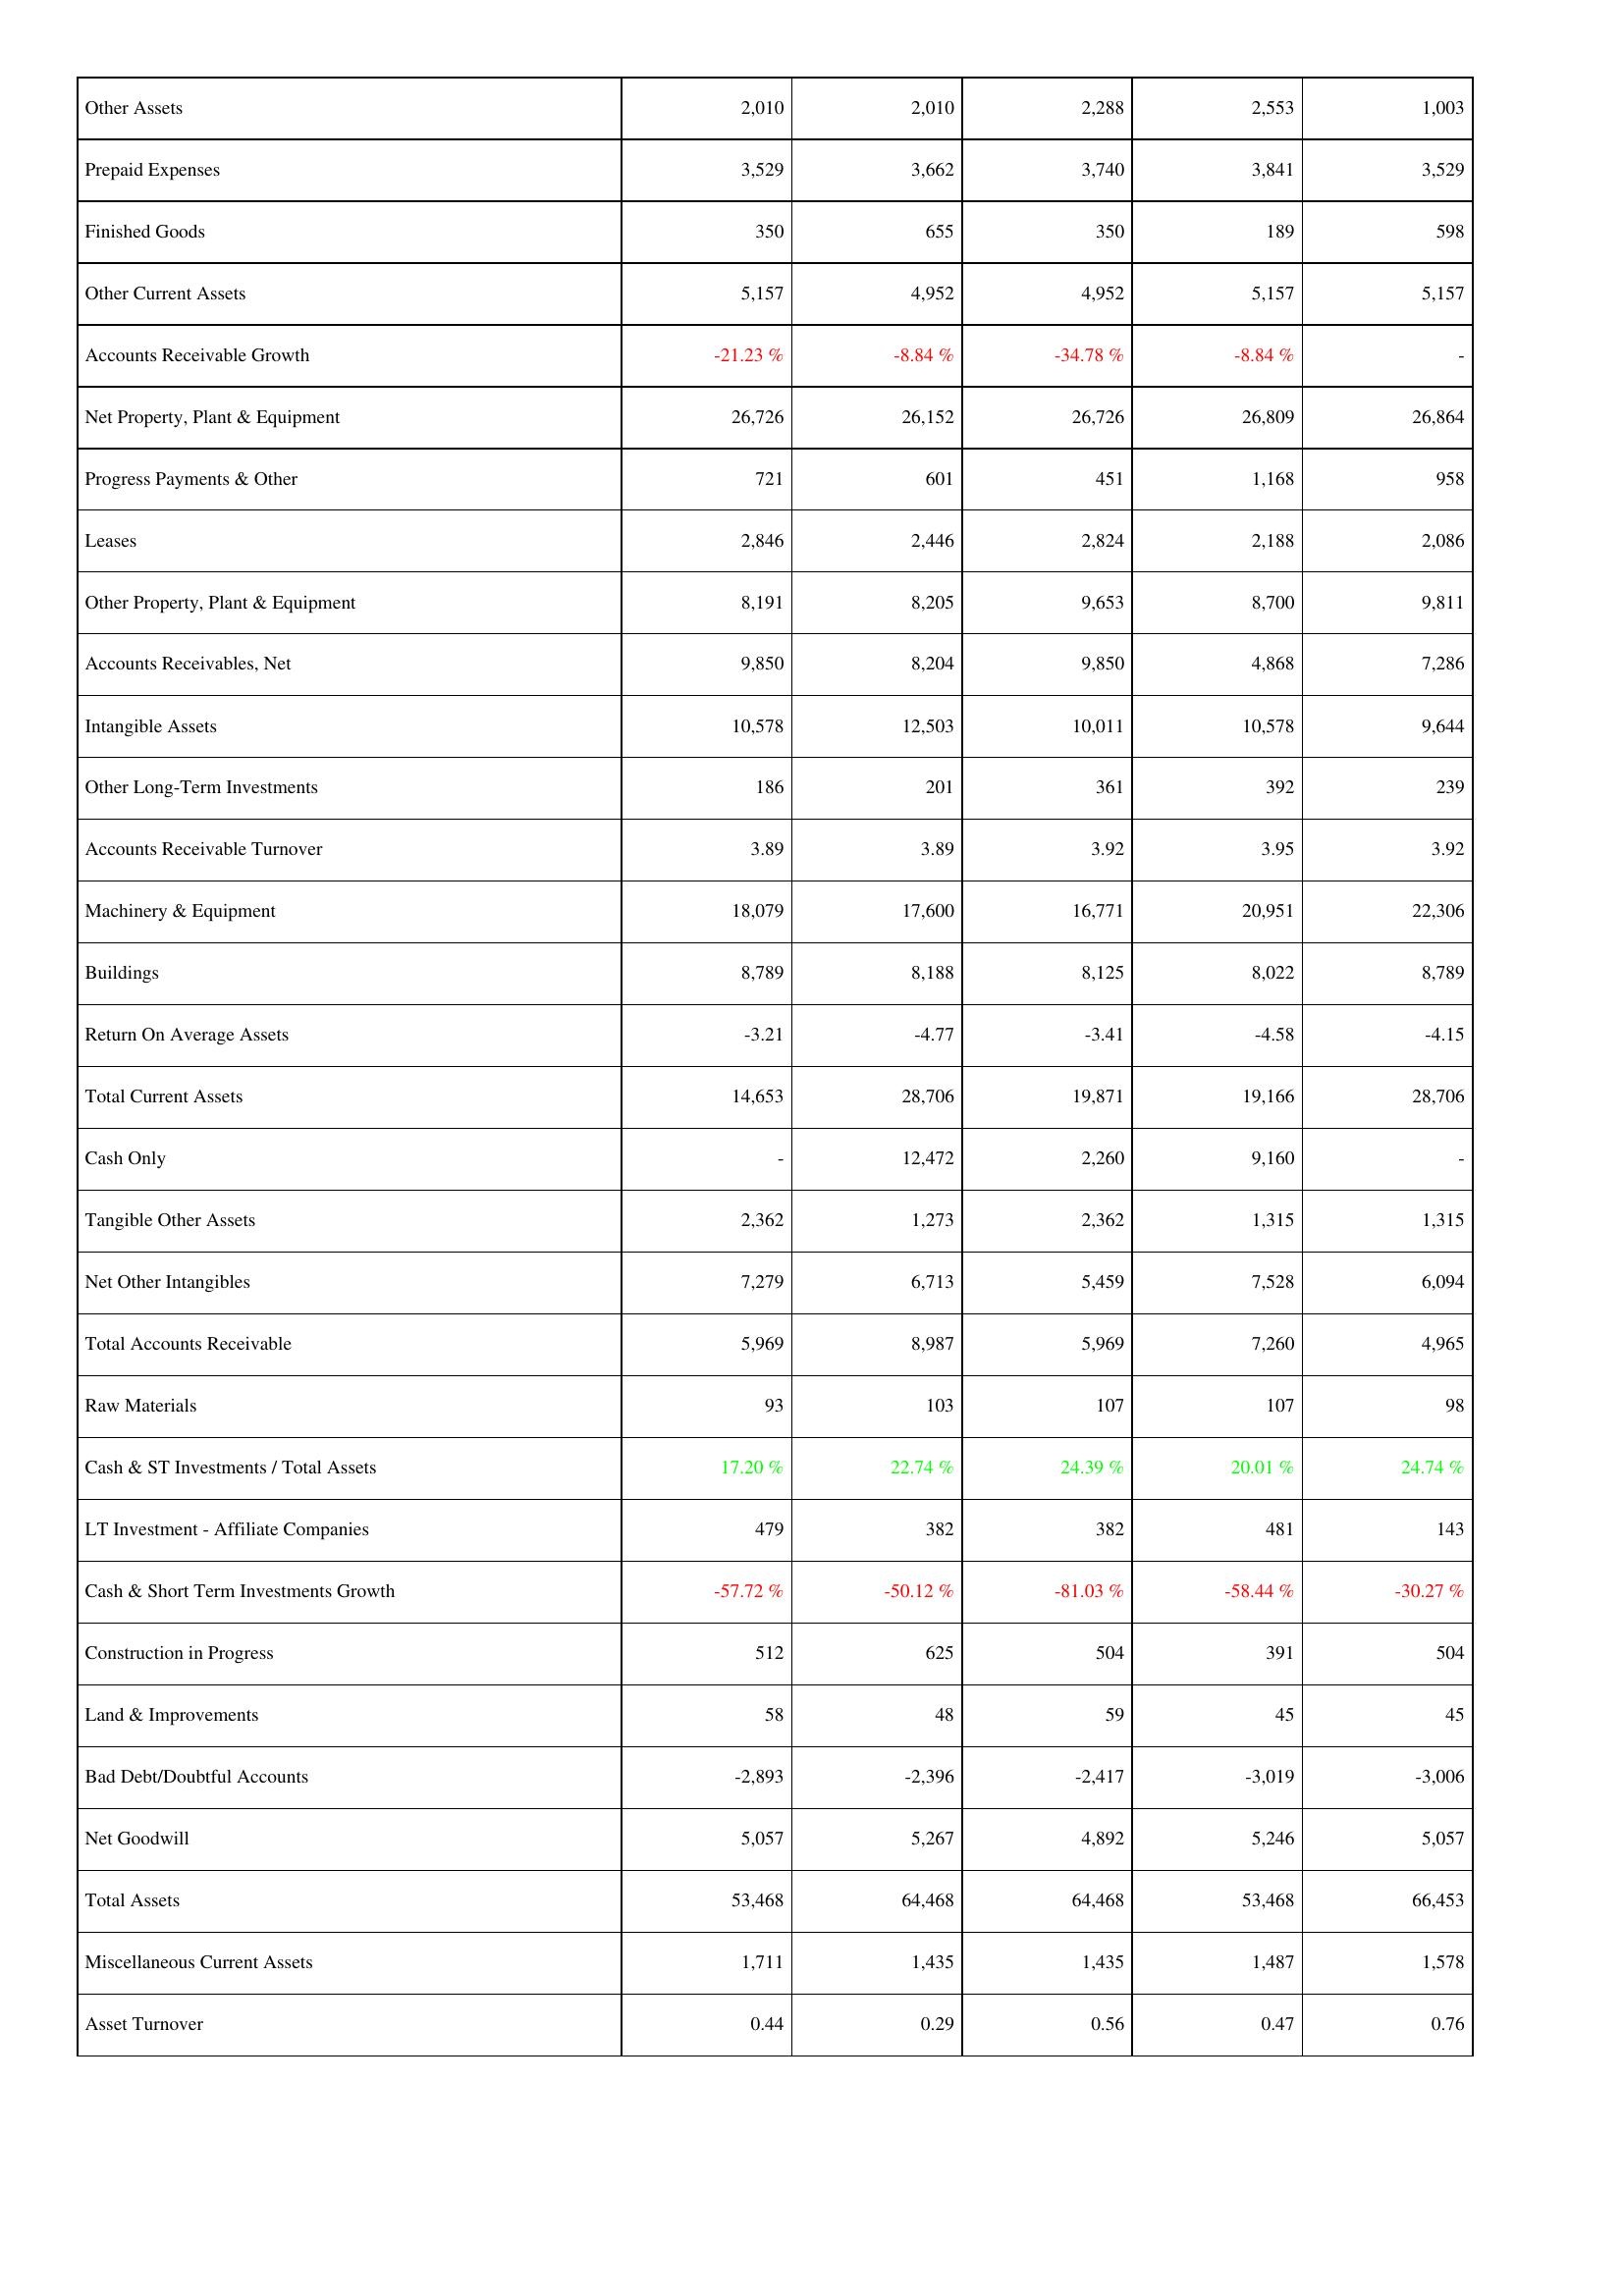
2013: Assets: Other Assets: 2,010
Prepaid Expenses: 3,529
Finished Goods: 350
Other Current Assets: 5,157
Accounts Receivable Growth: -21.23 %
Net Property, Plant & Equipment: 26,726
Progress Payments & Other: 721
Leases: 2,846
Other Property, Plant & Equipment: 8,191
Accounts Receivables, Net: 9,850
Intangible Assets: 10,578
Other Long-Term Investments: 186
Accounts Receivable Turnover: 3.89
Machinery & Equipment: 18,079
Buildings: 8,789
Return On Average Assets: -3.21
Total Current Assets: 14,653
Cash Only: -
Tangible Other Assets: 2,362
Net Other Intangibles: 7,279
Total Accounts Receivable: 5,969
Raw Materials: 93
Cash & ST Investments / Total Assets: 17.20 %
LT Investment - Affiliate Companies: 479
Cash & Short Term Investments Growth: -57.72 %
Construction in Progress: 512
Land & Improvements: 58
Bad Debt/Doubtful Accounts: -2,893
Net Goodwill: 5,057
Total Assets: 53,468
Miscellaneous Current Assets: 1,711
Asset Turnover: 0.44
2014: Assets: Other Assets: 2,010
Prepaid Expenses: 3,662
Finished Goods: 655
Other Current Assets: 4,952
Accounts Receivable Growth: -8.84 %
Net Property, Plant & Equipment: 26,152
Progress Payments & Other: 601
Leases: 2,446
Other Property, Plant & Equipment: 8,205
Accounts Receivables, Net: 8,204
Intangible Assets: 12,503
Other Long-Term Investments: 201
Accounts Receivable Turnover: 3.89
Machinery & Equipment: 17,600
Buildings: 8,188
Return On Average Assets: -4.77
Total Current Assets: 28,706
Cash Only: 12,472
Tangible Other Assets: 1,273
Net Other Intangibles: 6,713
Total Accounts Receivable: 8,987
Raw Materials: 103
Cash & ST Investments / Total Assets: 22.74 %
LT Investment - Affiliate Companies: 382
Cash & Short Term Investments Growth: -50.12 %
Construction in Progress: 625
Land & Improvements: 48
Bad Debt/Doubtful Accounts: -2,396
Net Goodwill: 5,267
Total Assets: 64,468
Miscellaneous Current Assets: 1,435
Asset Turnover: 0.29
2015: Assets: Other Assets: 2,288
Prepaid Expenses: 3,740
Finished Goods: 350
Other Current Assets: 4,952
Accounts Receivable Growth: -34.78 %
Net Property, Plant & Equipment: 26,726
Progress Payments & Other: 451
Leases: 2,824
Other Property, Plant & Equipment: 9,653
Accounts Receivables, Net: 9,850
Intangible Assets: 10,011
Other Long-Term Investments: 361
Accounts Receivable Turnover: 3.92
Machinery & Equipment: 16,771
Buildings: 8,125
Return On Average Assets: -3.41
Total Current Assets: 19,871
Cash Only: 2,260
Tangible Other Assets: 2,362
Net Other Intangibles: 5,459
Total Accounts Receivable: 5,969
Raw Materials: 107
Cash & ST Investments / Total Assets: 24.39 %
LT Investment - Affiliate Companies: 382
Cash & Short Term Investments Growth: -81.03 %
Construction in Progress: 504
Land & Improvements: 59
Bad Debt/Doubtful Accounts: -2,417
Net Goodwill: 4,892
Total Assets: 64,468
Miscellaneous Current Assets: 1,435
Asset Turnover: 0.56
2016: Assets: Other Assets: 2,553
Prepaid Expenses: 3,841
Finished Goods: 189
Other Current Assets: 5,157
Accounts Receivable Growth: -8.84 %
Net Property, Plant & Equipment: 26,809
Progress Payments & Other: 1,168
Leases: 2,188
Other Property, Plant & Equipment: 8,700
Accounts Receivables, Net: 4,868
Intangible Assets: 10,578
Other Long-Term Investments: 392
Accounts Receivable Turnover: 3.95
Machinery & Equipment: 20,951
Buildings: 8,022
Return On Average Assets: -4.58
Total Current Assets: 19,166
Cash Only: 9,160
Tangible Other Assets: 1,315
Net Other Intangibles: 7,528
Total Accounts Receivable: 7,260
Raw Materials: 107
Cash & ST Investments / Total Assets: 20.01 %
LT Investment - Affiliate Companies: 481
Cash & Short Term Investments Growth: -58.44 %
Construction in Progress: 391
Land & Improvements: 45
Bad Debt/Doubtful Accounts: -3,019
Net Goodwill: 5,246
Total Assets: 53,468
Miscellaneous Current Assets: 1,487
Asset Turnover: 0.47
2017: Assets: Other Assets: 1,003
Prepaid Expenses: 3,529
Finished Goods: 598
Other Current Assets: 5,157
Accounts Receivable Growth: -
Net Property, Plant & Equipment: 26,864
Progress Payments & Other: 958
Leases: 2,086
Other Property, Plant & Equipment: 9,811
Accounts Receivables, Net: 7,286
Intangible Assets: 9,644
Other Long-Term Investments: 239
Accounts Receivable Turnover: 3.92
Machinery & Equipment: 22,306
Buildings: 8,789
Return On Average Assets: -4.15
Total Current Assets: 28,706
Cash Only: -
Tangible Other Assets: 1,315
Net Other Intangibles: 6,094
Total Accounts Receivable: 4,965
Raw Materials: 98
Cash & ST Investments / Total Assets: 24.74 %
LT Investment - Affiliate Companies: 143
Cash & Short Term Investments Growth: -30.27 %
Construction in Progress: 504
Land & Improvements: 45
Bad Debt/Doubtful Accounts: -3,006
Net Goodwill: 5,057
Total Assets: 66,453
Miscellaneous Current Assets: 1,578
Asset Turnover: 0.76